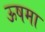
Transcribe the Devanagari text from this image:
ऊषमा